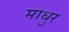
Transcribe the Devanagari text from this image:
माधुर